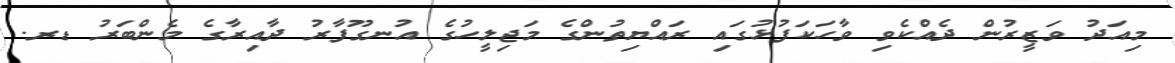
މިއަދު ވަޒީރުން ދެއްކެވި ވާހަކަފުޅުގައި ރައްޔިތުންގެ މަޖިލީހުގެ އުނގޫފާރު ދާއިރާގެ މެންބަރު ޑރ.